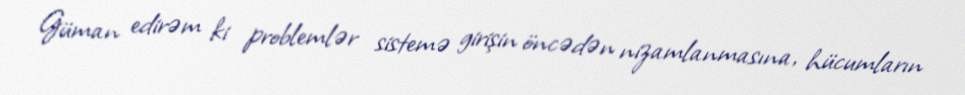
Güman edirəm ki problemlər sistemə girişin öncədən nizamlanmasına, hücumların